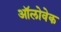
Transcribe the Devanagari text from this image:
ऑलोवेक